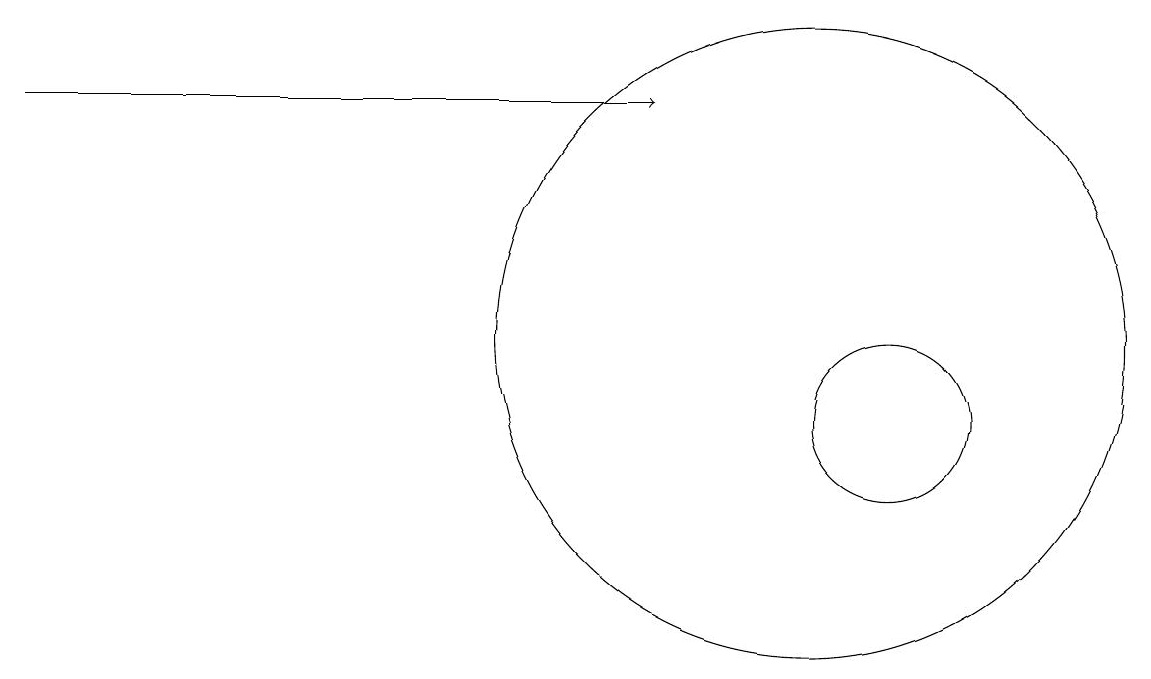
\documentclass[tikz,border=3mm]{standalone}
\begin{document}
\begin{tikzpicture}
\draw (11,10) circle (1);
\draw (10,11) circle (4);
\draw[->] (0,14) -- (8,14);
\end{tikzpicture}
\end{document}